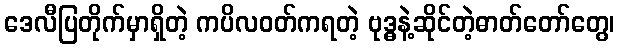
ဒေလီပြတိုက်မှာရှိတဲ့ ကပိလဝတ်ကရတဲ့ ဗုဒ္ဓနဲ့ဆိုင်တဲ့ဓာတ်တော်တွေ၊